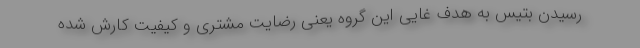
رسیدن بتیس به هدف غایی این گروه یعنی رضایت مشتری و کیفیت کارش شده